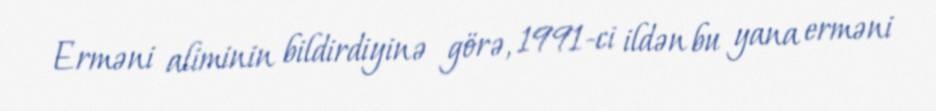
Erməni aliminin bildirdiyinə görə, 1991-ci ildən bu yana erməni